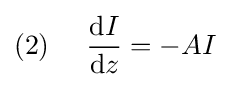
(2)~~~~{\frac {\mathrm {d} I}{\mathrm {d} z}}=-AI